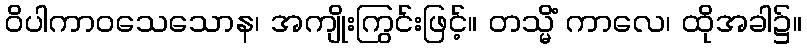
ဝိပါကာဝသေသောန၊ အကျိုးကြွင်းဖြင့်။ တသ္မိံ ကာလေ၊ ထိုအခါ၌။